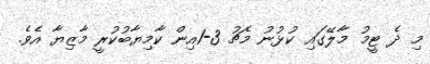
މި ދެ ޓީމު މާލޭގައި ކުޅުނު މެޗު 3-1އިން ކާމިޔާބުކުރީ މާޒިޔާ އެވެ.